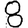
Digit: 8